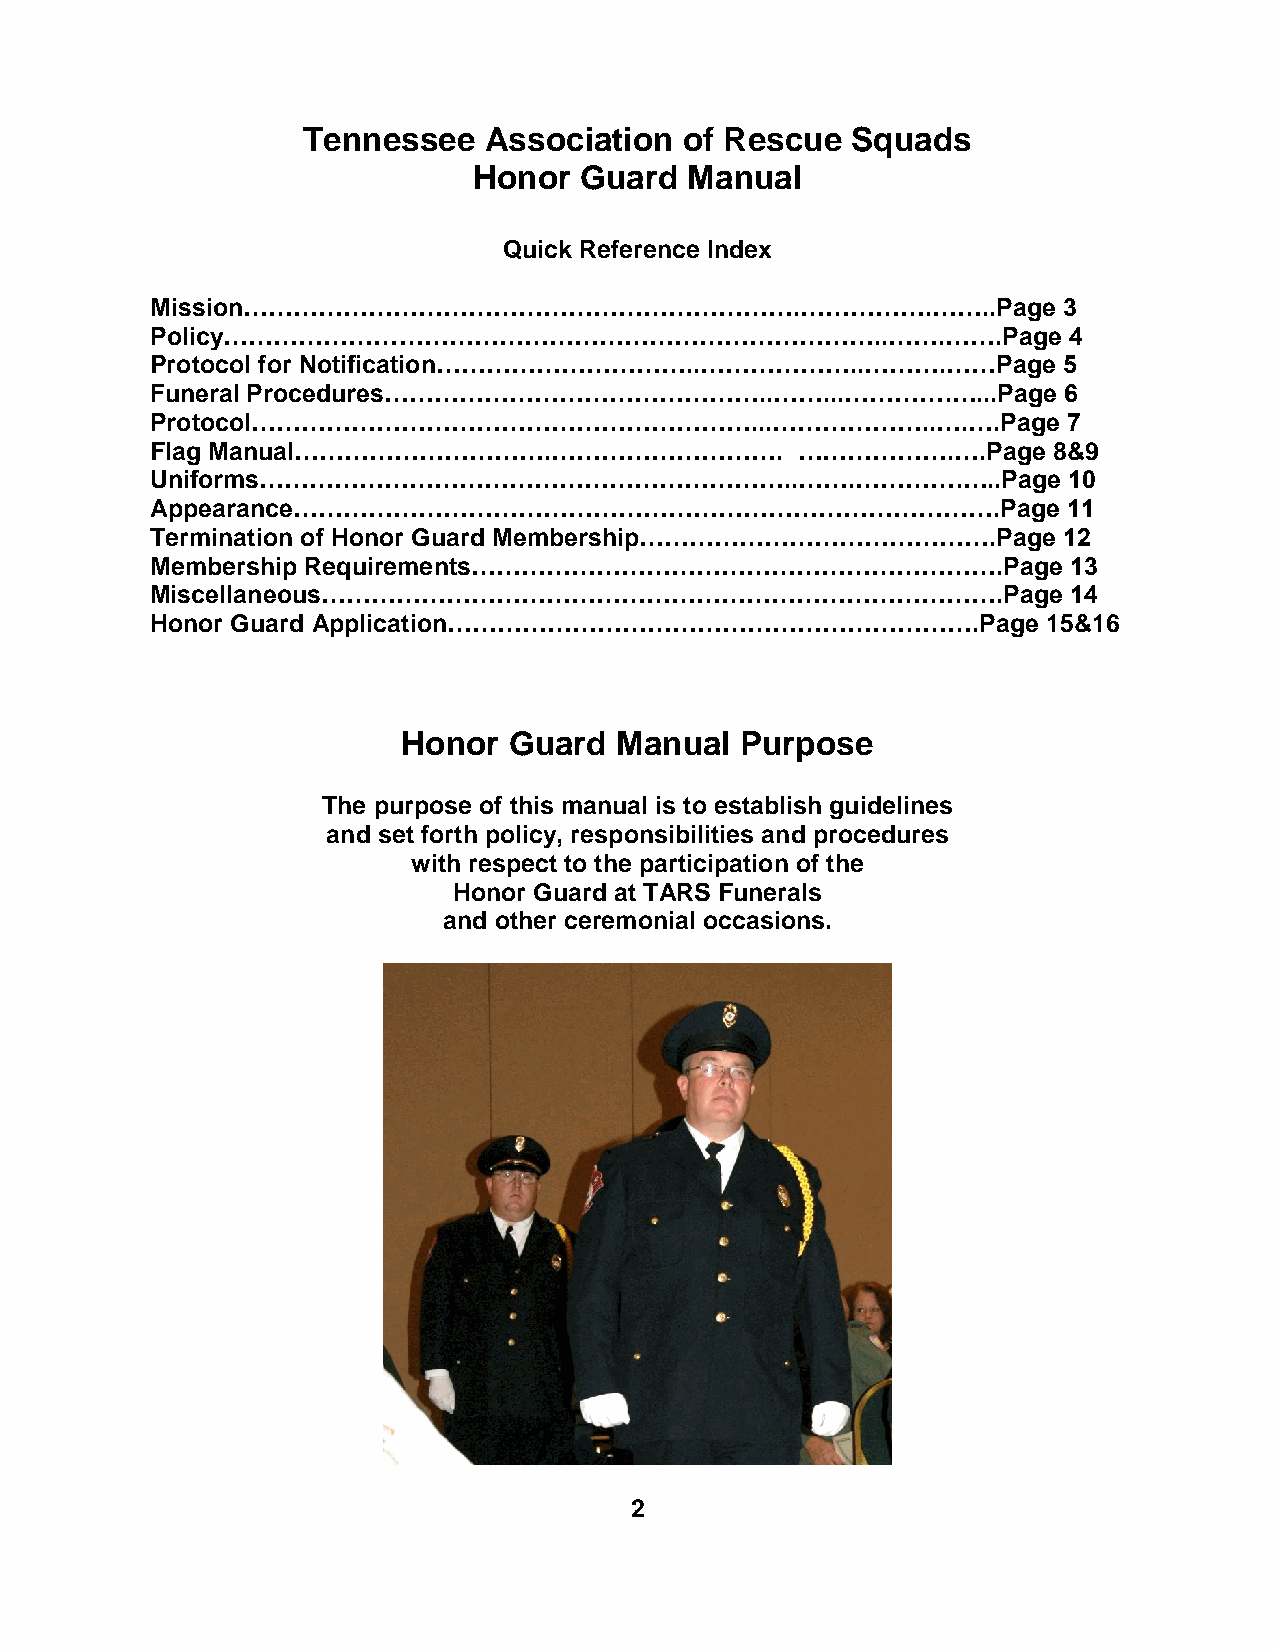
Tennessee   Association  of Rescue  Squads
 Honor  Guard   Manual
 Quick Reference Index
 Mission………………………………………………………….…………….……..Page                3
 Policy……………………………………………………………………..…….…….Page                 4
 Protocol for Notification…………………………..………………..……….……Page     5
 Funeral Procedures………………………………………..……...………….…...Page       6
 Protocol……………………………………………………...………………..….….Page              7
 Flag Manual………………………….……………………….           ……………….….Page    8&9
 Uniforms………………………………………………………..…….………….…..Page               10
 Appearance………………………………………………………………………….Page                  11
 Termination of Honor Guard Membership…………………………………….Page    12
 Membership Requirements……………………………………………………….Page            13
 Miscellaneous……………………………………………………………………….Page                14
 Honor Guard Application……………………………………………………….Page          15&16
 Honor  Guard  Manual  Purpose
 The purpose of this manual is to establish guidelines
 and set forth policy, responsibilities and procedures
 with respect to the participation of the
 Honor Guard at TARS Funerals
 and other ceremonial occasions.
 2